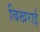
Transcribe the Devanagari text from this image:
बिखराई